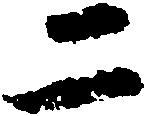
二